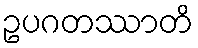
ဥပဂတဿာတိ